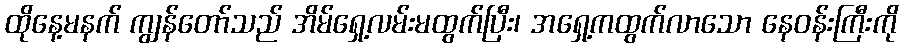
ထိုနေ့မနက် ကျွန်တော်သည် အိမ်ရှေ့လမ်းမထွက်ပြီး၊ အရှေ့ကထွက်လာသော နေဝန်းကြီးကို